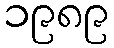
၁၉၈၉